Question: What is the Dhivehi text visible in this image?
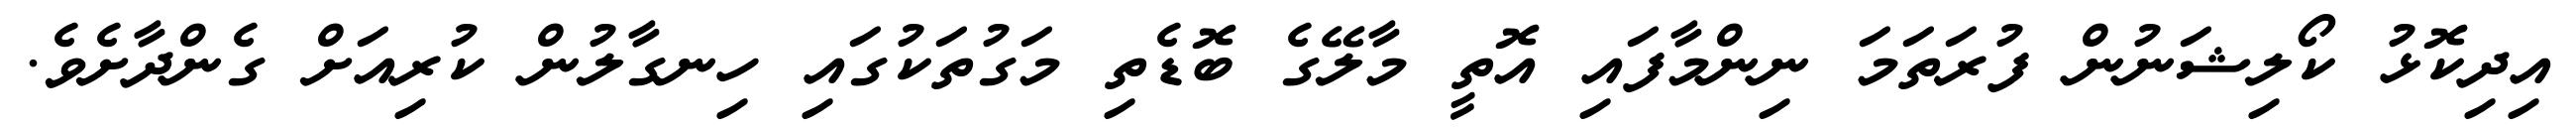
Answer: އިދިކޮޅު ކޯލިޝަނުން ފުރަތަމަ ނިންމާފައި އޮތީ މާލޭގެ ބޮޑެތި މަގުތަކުގައި ހިނގާލުން ކުރިއަށް ގެންދާށެވެ.